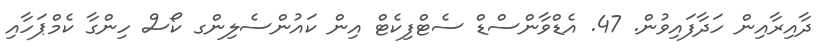
ދާއިރާއިން ހަދާފައިވުން. 47. އެޑްވާންސްޑް ސެޓްފިކެޓް އިން ކައުންސެލިންގ ކޯސް ހިންގާ ކެމްޕަހާއި